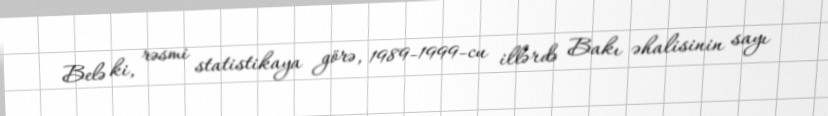
Belə ki, rəsmi statistikaya görə, 1989-1999-cu illərdə Bakı əhalisinin sayı